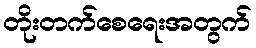
တိုးတက်စေရေးအတွက်